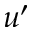
u ^ { \prime }